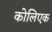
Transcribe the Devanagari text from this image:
कोलिएक